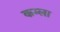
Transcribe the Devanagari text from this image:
कम्ला